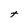
Character: t